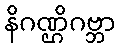
နိဂဏ္ဌိဂဗ္ဘာ